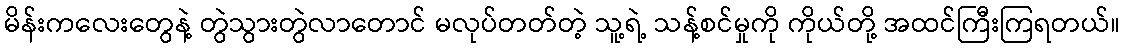
မိန်းကလေးတွေနဲ့ တွဲသွားတွဲလာတောင် မလုပ်တတ်တဲ့ သူ့ရဲ့ သန့်စင်မှုကို ကိုယ်တို့ အထင်ကြီးကြရတယ်။